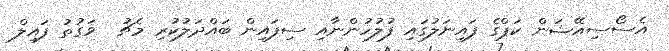
އެސޯސިއޭޝަން ކަޕްގެ ފައިނަލުގައި ފުލުހުންނާއި ސިފައިން ބައްދަލުކުރި މެޗު  ވަގުތު ފައިލް